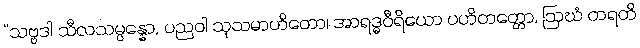
“သဗ္ဗဒါ သီလသမ္ပန္နော, ပညဝါ သုသမာဟိတော၊ အာရဒ္ဓဝီရိယော ပဟိတတ္တော, ဩဃံ တရတိ